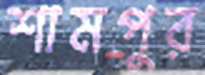
শামপুর